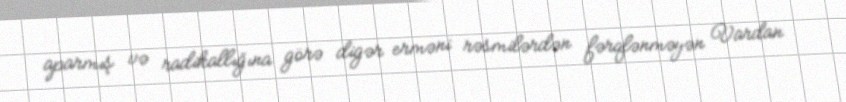
aparmış və radikallığına görə digər erməni rəsmilərdən fərqlənməyən Vardan